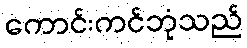
ကောင်းကင်ဘုံသည်